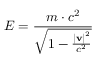
E = { \frac { m \cdot c ^ { 2 } } { \sqrt { 1 - { \frac { \left| \mathbf { v } \right| ^ { 2 } } { c ^ { 2 } } } } } }